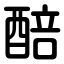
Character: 醅